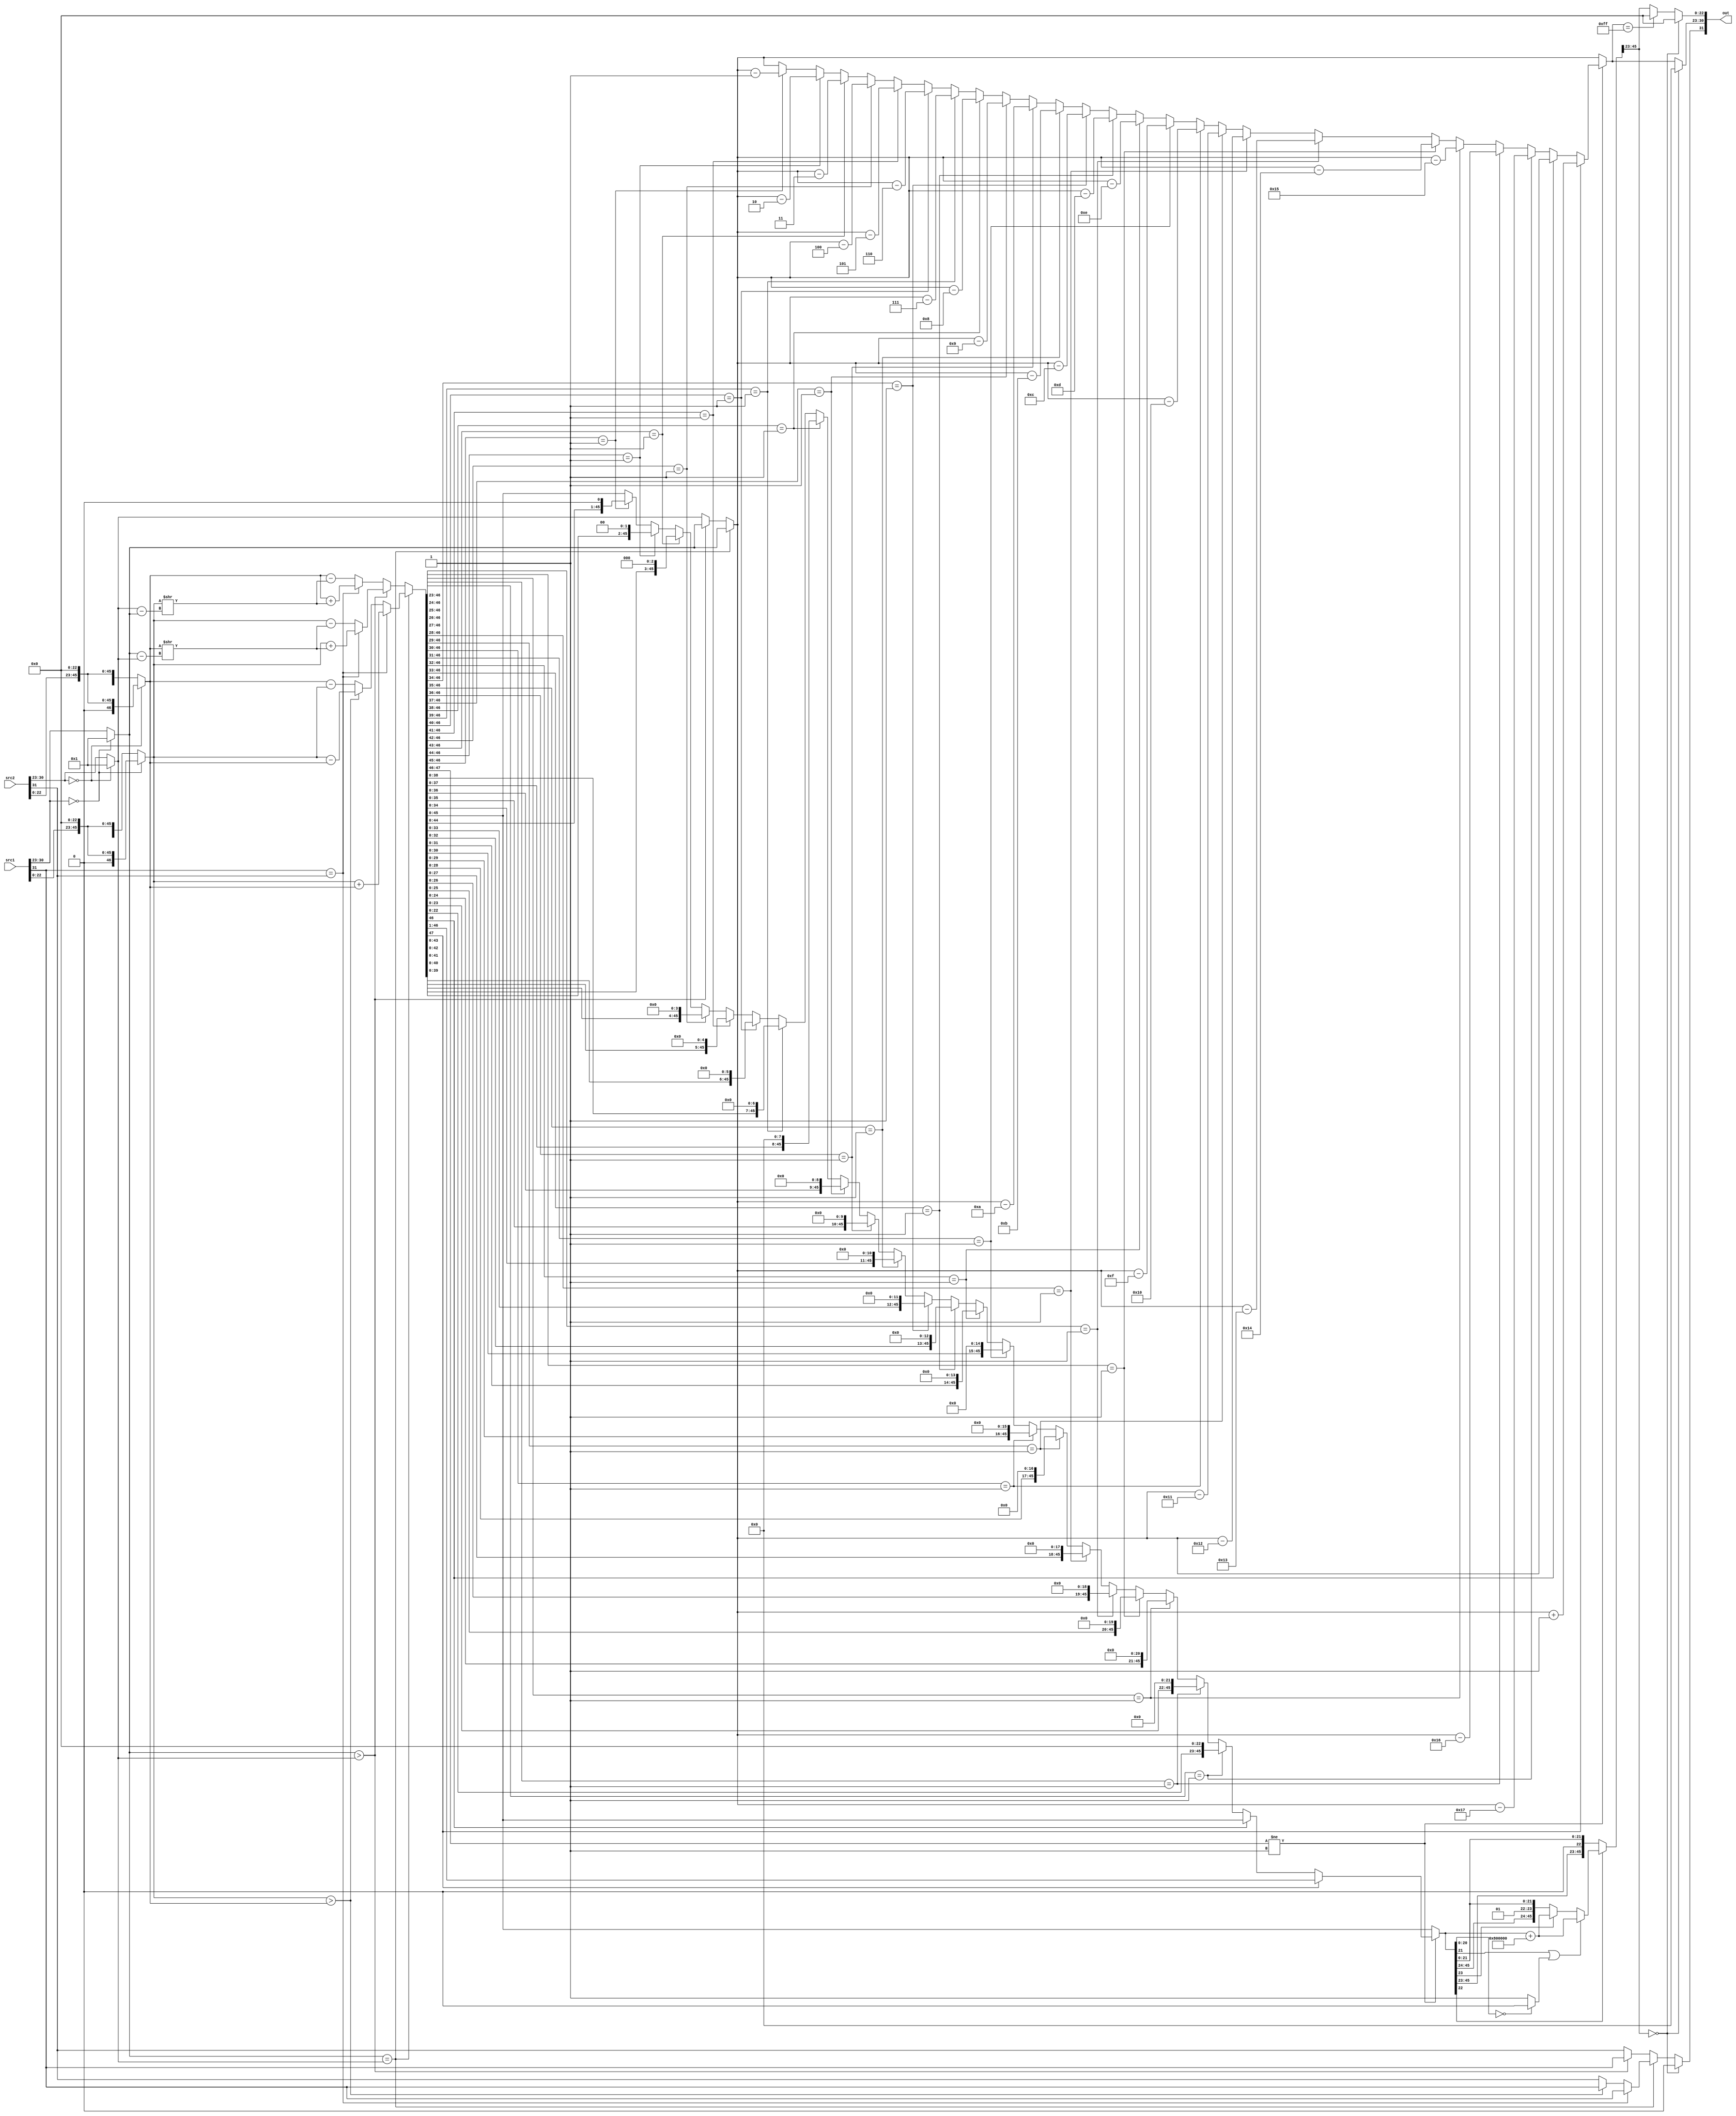
module fpadder (src1,src2,out);
    // -------------------------------------- //
    //   \^o^/   Write your code here~  \^o^/ //
	input  [31:0] src1;
    input  [31:0] src2;
    output reg	[31:0] out;
	reg s1;
	reg s2;
    reg [7:0] e1;
    reg [7:0] e2;
	reg [7:0] es;
    reg [46:0] f1;//1b+23+g+r+s(23)
    reg [46:0] f2;
 	reg [47:0] fs;
	reg [7:0] diff;
	reg ss;
	reg guard,round;
	reg sticky;

	always@(src1,src2)
	begin	
		f1=0;f2=0;fs=0;diff=0;
		
		s1=src1[31];
		if(src1[30:23]==0)
		begin 
   			e1 = 8'b00000001;
			f1 = {1'b0, src1[22:0],23'b0};
		end
		else
		begin 
    		e1 = src1[30:23];
			f1 = {1'b1, src1[22:0],23'b0};
		end
		
		s2=src2[31];
		if(src2[30:23]==0)
		begin
   			e2=8'b00000001;
			f2={1'b0, src2[22:0],23'b0};
		end
		else
		begin
    		e2=src2[30:23];
			f2={1'b1, src2[22:0],23'b0};
		end
		
		if(e1==e2) 
		begin
			es=e1;
        	if (s1==s2) 
			begin
        		fs=f1+f2;
        		ss=s1;
        	end 
			else 
			begin 
        		if(f1>f2) 
				begin
        			fs=f1-f2;
        	  		ss=s1;
        		end 
				else //if(f2>f1) 
				begin
        	    	fs=f2-f1;
        	    	ss=s2;
        	    end
      		end
    	end
		else
		begin
			if(e1>e2) 	
			begin
				es=e1;
				ss=s1;
				diff=e1-e2;
				f2=f2>>diff;
    		 	if (s1==s2)
    		 	   	fs=f1+f2;
    		    else
    		   		fs=f1-f2;
			end 
			else 	
			begin
  				es=e2;
				ss=s2;
				diff=e2-e1;	
				f1=f1>>diff;
				if (s1==s2)
    		    	fs=f2+f1;
    		    else
    		      	fs=f2-f1;
			end
		end

		if(fs[47:46]!=2'b01)//no normalize
		begin
			if(fs[47]==1)
			begin
    			es=es+1;
				fs=fs>>1;
			end
	    	else if((fs[46]==0))
			begin 
				if (fs[46:23] == 24'b000000000000000000000001) 
				begin 
					es = es - 23;
					fs = fs << 23;
				end 
				else if (fs[46:24] == 23'b00000000000000000000001) 
				begin 
					es = es - 22;
					fs = fs << 22;
				end 
				else if (fs[46:25] == 22'b0000000000000000000001) 
				begin 
					es = es - 21;
					fs = fs << 21;
				end 
				else if (fs[46:26] == 21'b000000000000000000001) 
				begin 
					es = es - 20;
					fs = fs << 20;
				end 
				else if (fs[46:27] == 20'b00000000000000000001) 
				begin
					es = es - 19;
					fs= fs<<19;
				end 
				else if (fs[46:28] == 19'b0000000000000000001) 
				begin
					es = es- 18;
					fs = fs << 18;
				end 
				else if (fs[46:29] == 18'b000000000000000001) 
				begin
					es = es - 17;
					fs =fs << 17;
				end 
				else if (fs[46:30] == 17'b00000000000000001) 
				begin
					es = es - 16;
					fs =fs << 16;
				end 
				else if (fs[46:31] == 16'b0000000000000001) 
				begin
					es = es - 15;
					fs =fs << 15;
				end 
				else if (fs[46:32] == 15'b000000000000001) 
				begin
					es = es - 14;
					fs =fs << 14;
				end 
				else if (fs[46:33] == 14'b00000000000001) 
				begin
					es = es - 13;
					fs =fs << 13;
				end 
				else if (fs[46:34] == 13'b0000000000001) 
				begin
					es = es - 12;
					fs =fs << 12;
				end 
				else if (fs[46:35] == 12'b000000000001) 
				begin
					es = es - 11;
					fs =fs << 11;
				end 
				else if (fs[46:36] == 11'b00000000001) 
				begin
					es= es - 10;
					fs=fs << 10;
				end 
				else if (fs[46:37] == 10'b0000000001) 
				begin
					es= es - 9;
					fs=fs << 9;
				end 
				else if (fs[46:38] == 9'b000000001) 
				begin
					es= es - 8;
					fs=fs << 8;
				end 
				else if(fs[46:39] == 8'b00000001) 
				begin
					es= es - 7;
					fs=fs << 7;
				end 
				else if(fs[46:40] == 7'b0000001) 
				begin
					es=es - 6;
					fs=fs << 6;
				end 
				else if(fs[46:41] == 6'b000001) 
				begin
					es=es-5;
					fs=fs << 5;
				end 
				else if(fs[46:42] == 5'b00001) 
				begin
					es = es - 4;
					fs =fs << 4;
				end 
				else if (fs[46:43] == 4'b0001) 
				begin
					es = es - 3;
					fs =fs << 3;
				end 
				else if (fs[46:44] == 3'b001) 
				begin
					es = es - 2;
					fs =fs << 2;
				end 
				else if (fs[46:45] == 2'b01) 
				begin
					es = es - 1;
					fs =fs << 1;
				end
				else
				begin
					es=es;
					fs=fs;
				end
			end
		end
		else
		begin
		end	
//rounding
		guard=fs[22];
		round=fs[21];
		if(fs[20:0]==0)
			sticky=0;
		else
			sticky=1;
		if((guard==1))
		begin
			if(round==1||sticky==1)
			begin
				fs=fs+24'b100000000000000000000000;	
			end
			else
			begin
				if(fs[23]==0)
					fs=fs;
				else
					fs=fs+24'b100000000000000000000000;	
			end
		end
		else
		begin
			fs=fs;
		end
//output
		if(fs[45:23]==0)//zero
		begin
			out[31] = 0;
			out[30:23] = 0;
 			out[22:0] = 0;
		end
		else if(es==255)//infinity
		begin
			out[31] = ss;
			out[30:23] = es;
 			out[22:0] = 0;	
		end
		else //normal
		begin
			out[31] = ss;
			out[30:23] = es;
 			out[22:0] = fs[45:23];	
		end
	end
    // -------------------------------------- //
endmodule